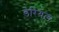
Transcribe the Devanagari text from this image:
डेरियल